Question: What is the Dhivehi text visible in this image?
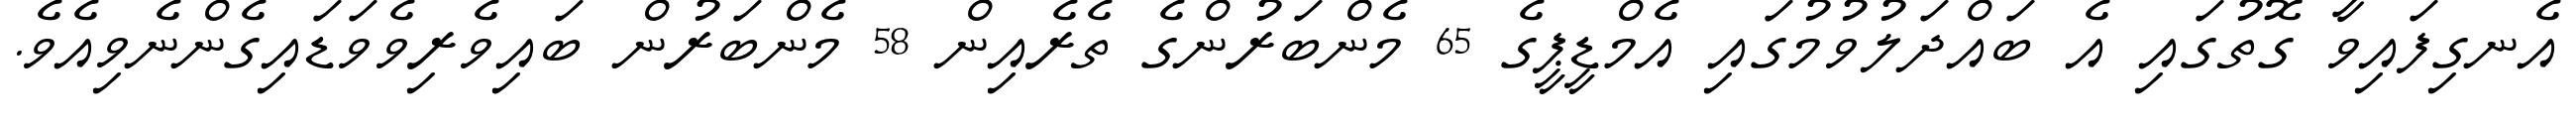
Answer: އެނގިފައިވާ ގޮތުގައި އެ ބައްދަލުވުމުގައި އެމްޑީޕީގެ 65 މެންބަރުންގެ ތެރެއިން 58 މެންބަރުން ބައިވެރިވެވަޑައިގެންނެވިއެވެ.